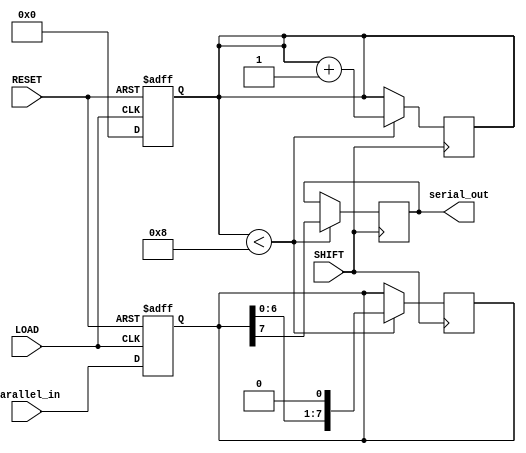
module async_piso_register #(
    parameter N = 8 // Parameter for the number of bits
)(
    input wire [N-1:0] parallel_in, // Parallel data input
    input wire LOAD,                 // Load signal
    input wire SHIFT,                // Shift signal
    input wire RESET,                // Asynchronous reset signal
    output reg serial_out            // Serial output
);

    reg [N-1:0] shift_reg;           // Shift register to hold the data
    reg [N-1:0] shift_counter;        // Counter to keep track of shifts

    always @(posedge LOAD or posedge RESET) begin
        if (RESET) begin
            shift_reg <= {N{1'b0}};   // Clear the register on reset
            shift_counter <= 0;       // Reset the counter
        end else begin
            shift_reg <= parallel_in; // Load parallel data
            shift_counter <= 0;       // Reset the counter after loading
        end
    end

    always @(posedge SHIFT) begin
        if (shift_counter < N) begin
            serial_out <= shift_reg[N-1]; // Output the MSB
            shift_reg <= {shift_reg[N-2:0], 1'b0}; // Shift left and fill LSB with 0
            shift_counter <= shift_counter + 1; // Increment the shift counter
        end
    end

endmodule